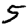
Digit: 5